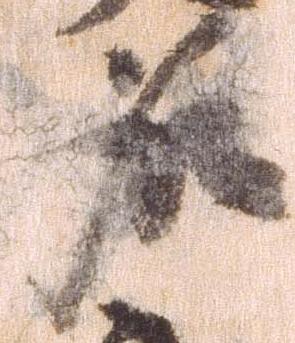
名